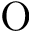
\mathrm { O }